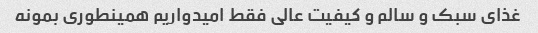
غذای سبک و سالم و کیفیت عالی فقط امیدواریم همینطوری بمونه